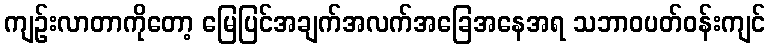
ကျဉ်းလာတာကိုတော့ မြေပြင်အချက်အလက်အခြေအနေအရ သဘာဝပတ်ဝန်းကျင်